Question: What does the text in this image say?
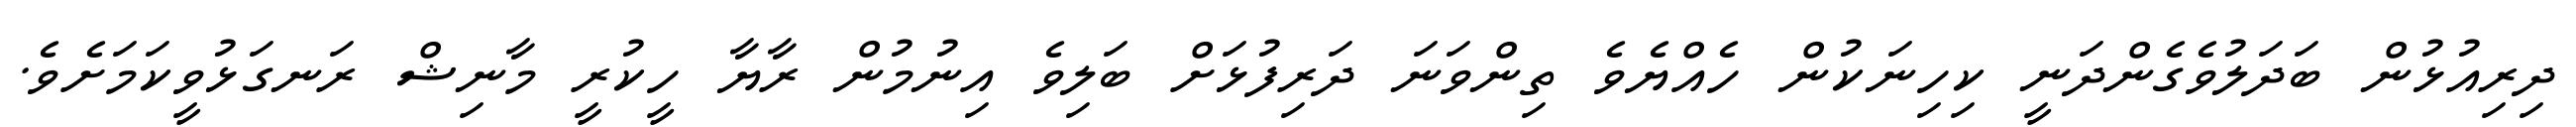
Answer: ދިރިއުޅުން ބަދަލުވެގެންދަނީ ކިހިނަކުން ހެއްޔެވެ ތިންވަނަ ދަރިފުޅަށް ބަލިވެ އިނުމުން ރާޔާ ހީކުރީ މާނިޝް ރަނގަޅުވީކަމަށެވެ.